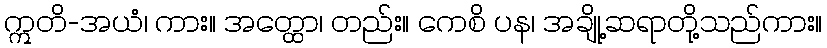
ဣတိ-အယံ၊ ကား။ အတ္ထော၊ တည်း။ ကေစိ ပန၊ အချို့ဆရာတို့သည်ကား။